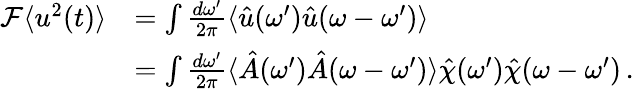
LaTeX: \begin{array}{rl}{\mathcal{F}\langle u^{2}(t)\rangle}&{=\int\frac{d\omega^{\prime}}{2\pi}\langle\hat{u}(\omega^{\prime})\hat{u}(\omega-\omega^{\prime})\rangle}\\ &{=\int\frac{d\omega^{\prime}}{2\pi}\langle\hat{A}(\omega^{\prime})\hat{A}(\omega-\omega^{\prime})\rangle\hat{\chi}(\omega^{\prime})\hat{\chi}(\omega-\omega^{\prime})\, .}\end{array}